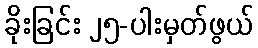
ခိုးခြင်း ၂၅-ပါးမှတ်ဖွယ်